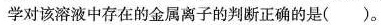
学对该溶液中存在的金属离子的判断正确的是( )。